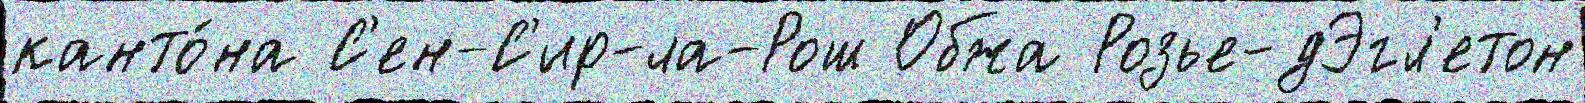
канто́на С'ен-С'ир-ла-Рош Обжа Розье-дЭгл'етон